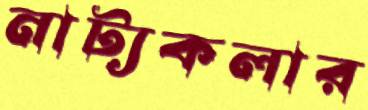
নাট্যকলার